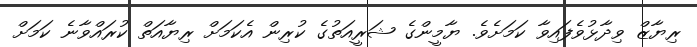
ރިޔާޒް ވިދާޅުވެފައިވާ ކަމަށެވެ. ޔާމީންގެ ޝަރީއަތުގެ ކުރިން އެކަމަށް ރިޔާއަތް ކުރައްވާނެ ކަމަށް